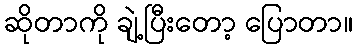
ဆိုတာကို ချဲ့ပြီးတော့ ပြောတာ။